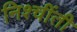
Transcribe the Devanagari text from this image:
निश्चींती